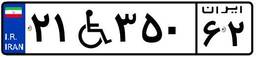
۶۲W۰۴۳۶۰